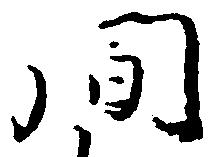
間